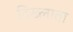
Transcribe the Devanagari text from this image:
दिख्लाता